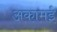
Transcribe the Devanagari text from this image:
अकामई